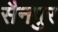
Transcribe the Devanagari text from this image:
सैनपुर